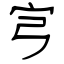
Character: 宆